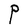
Character: P